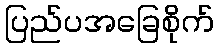
ပြည်ပအခြေစိုက်